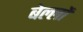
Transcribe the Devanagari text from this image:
बेल्लों